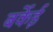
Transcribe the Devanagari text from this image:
बर्केई